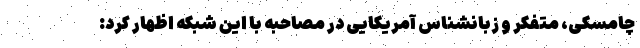
چامسکی، متفکر و زبانشناس آمریکایی در مصاحبه با این شبکه اظهار کرد: